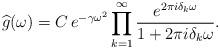
LaTeX: \begin{align*}\widehat{g} (\omega) = C \, e^{- \gamma \omega^2} \prod_{k = 1}^\infty \frac{e^{2 \pi i \delta_k \omega}}{1 + 2 \pi i \delta_k \omega}.\end{align*}